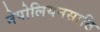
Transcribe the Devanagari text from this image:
नेपोलियनसाठि